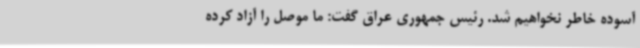
آسوده خاطر نخواهیم شد. رئیس جمهوری عراق گفت: ما موصل را آزاد کرده